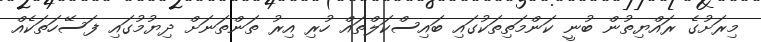
މިރަށުގެ ރައްޔިތުން ބުނީ ކަންމަތިތަކުގައި ބައިސްކަލްތައް ހުރި އިރު ތަންތަނަށް ދިޔުމުގައި ފަސޭހަތަކެއް